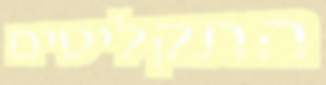
התקליטים